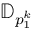
\mathbb { D } _ { p _ { 1 } ^ { k } }